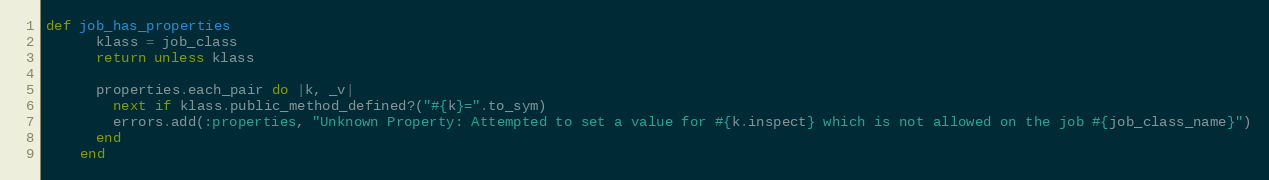
Language: Ruby
def job_has_properties
      klass = job_class
      return unless klass

      properties.each_pair do |k, _v|
        next if klass.public_method_defined?("#{k}=".to_sym)
        errors.add(:properties, "Unknown Property: Attempted to set a value for #{k.inspect} which is not allowed on the job #{job_class_name}")
      end
    end